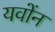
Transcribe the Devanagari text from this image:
यवोंन